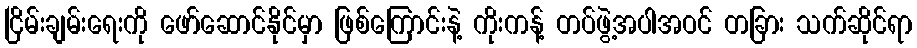
ငြိမ်းချမ်းရေးကို ဖော်ဆောင်နိုင်မှာ ဖြစ်ကြောင်းနဲ့ ကိုးကန့် တပ်ဖွဲ့အပါအဝင် တခြား သက်ဆိုင်ရာ